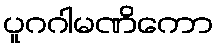
ပူဂဂါမဏိကော